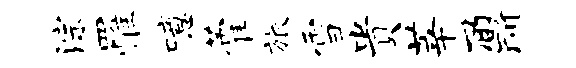
淙罹噫藿旅雪贵莘鼐